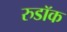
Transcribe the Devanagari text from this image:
रुडॉक